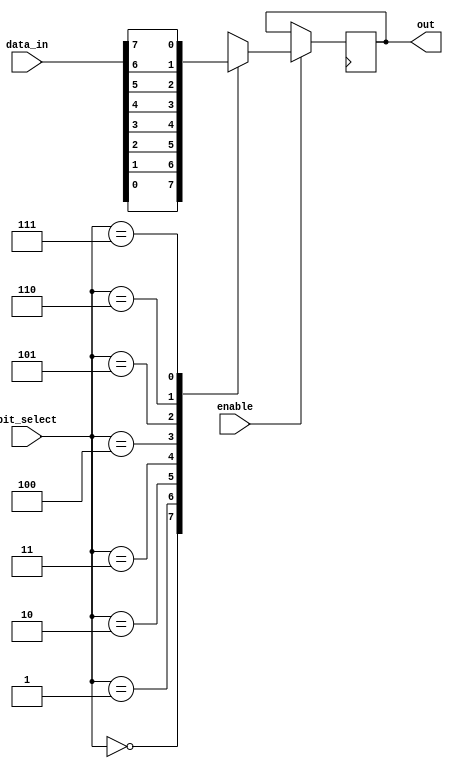
module bit_select_assign (
  input [7:0] data_in,
  input [2:0] bit_select,
  input enable,
  output reg out
);

always @ (posedge clk) begin
  if (enable) begin
    case(bit_select)
      3'b000: out <= data_in[0];
      3'b001: out <= data_in[1];
      3'b010: out <= data_in[2];
      3'b011: out <= data_in[3];
      3'b100: out <= data_in[4];
      3'b101: out <= data_in[5];
      3'b110: out <= data_in[6];
      3'b111: out <= data_in[7];
    endcase
  end
end

endmodule